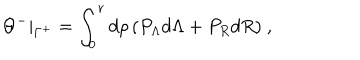
\Theta ^ { - } \vert _ { \Gamma ^ { + } } = \int _ { 0 } ^ { \mathbf r } d \rho \, ( P _ { \Lambda } d \Lambda + P _ { R } d R ) \ ,